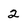
Character: 2